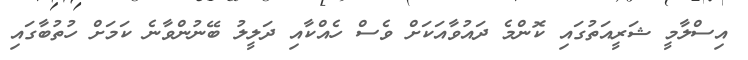
އިސްލާމީ ޝަރީއަތުގައި ކޮންމެ ދައުވާއަކަށް ވެސް ހެއްކާއި ދަލީލު ބޭނުންވާނެ ކަމަށް ހުތުބާގައި